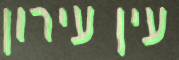
עין עירון